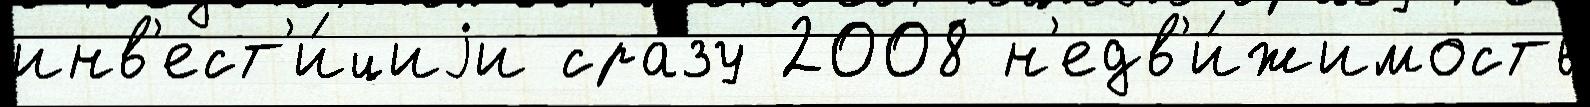
инв'ест'и́циjи сра́зу 2008 н'едв'и́жимость